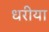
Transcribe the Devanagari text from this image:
धरीया